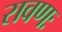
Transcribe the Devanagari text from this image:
रावणः